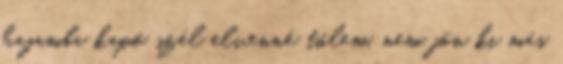
hajamba kapó szél elvenné tőlem, nem jön ki más